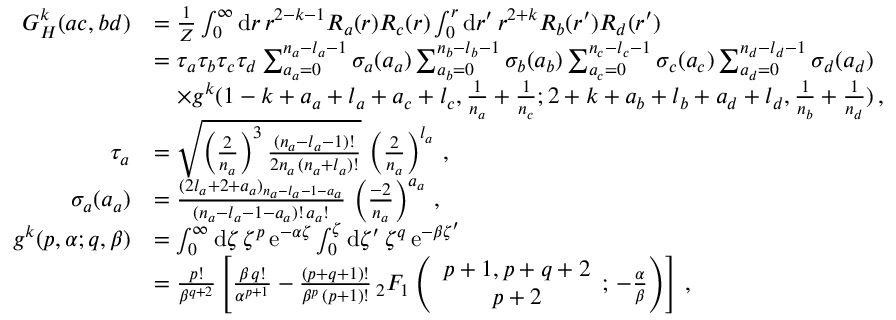
\begin{array} { r l } { G _ { H } ^ { k } ( a c , b d ) } & { = \frac { 1 } { Z } \int _ { 0 } ^ { \infty } \mathrm { d } r \, r ^ { 2 - k - 1 } R _ { a } ( r ) R _ { c } ( r ) \int _ { 0 } ^ { r } \mathrm { d } r ^ { \prime } \, r ^ { 2 + k } R _ { b } ( r ^ { \prime } ) R _ { d } ( r ^ { \prime } ) } \\ & { = \tau _ { a } \tau _ { b } \tau _ { c } \tau _ { d } \sum _ { a _ { a } = 0 } ^ { n _ { a } - l _ { a } - 1 } \sigma _ { a } ( a _ { a } ) \sum _ { a _ { b } = 0 } ^ { n _ { b } - l _ { b } - 1 } \sigma _ { b } ( a _ { b } ) \sum _ { a _ { c } = 0 } ^ { n _ { c } - l _ { c } - 1 } \sigma _ { c } ( a _ { c } ) \sum _ { a _ { d } = 0 } ^ { n _ { d } - l _ { d } - 1 } \sigma _ { d } ( a _ { d } ) } \\ & { \quad \times g ^ { k } ( 1 - k + a _ { a } + l _ { a } + a _ { c } + l _ { c } , \frac { 1 } { n _ { a } } + \frac { 1 } { n _ { c } } ; 2 + k + a _ { b } + l _ { b } + a _ { d } + l _ { d } , \frac { 1 } { n _ { b } } + \frac { 1 } { n _ { d } } ) \, , } \\ { \tau _ { a } } & { = \sqrt { \left( \frac { 2 } { n _ { a } } \right) ^ { 3 } \frac { ( n _ { a } - l _ { a } - 1 ) ! } { 2 n _ { a } \, ( n _ { a } + l _ { a } ) ! } } \, \left( \frac { 2 } { n _ { a } } \right) ^ { l _ { a } } \, , } \\ { \sigma _ { a } ( a _ { a } ) } & { = \frac { ( 2 l _ { a } + 2 + a _ { a } ) _ { n _ { a } - l _ { a } - 1 - a _ { a } } } { ( n _ { a } - l _ { a } - 1 - a _ { a } ) ! \, a _ { a } ! } \, \left( \frac { - 2 } { n _ { a } } \right) ^ { a _ { a } } \, , } \\ { g ^ { k } ( p , \alpha ; q , \beta ) } & { = \int _ { 0 } ^ { \infty } \mathrm { d } \zeta \, \zeta ^ { p } \, \mathrm { e } ^ { - \alpha \zeta } \int _ { 0 } ^ { \zeta } \mathrm { d } \zeta ^ { \prime } \, \zeta ^ { q } \, \mathrm { e } ^ { - \beta \zeta ^ { \prime } } } \\ & { = \frac { p ! } { \beta ^ { q + 2 } } \left[ \frac { \beta \, q ! } { \alpha ^ { p + 1 } } - \frac { ( p + q + 1 ) ! } { \beta ^ { p } \, ( p + 1 ) ! } \, { _ 2 F _ { 1 } } \left( \begin{array} { c } { p + 1 , p + q + 2 } \\ { p + 2 } \end{array} ; \, - \frac { \alpha } { \beta } \right) \right] \, , } \end{array}